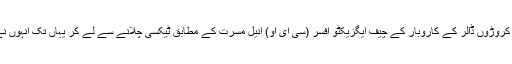
ایم سی آر پراپرٹی کے نام سے کروڑوں ڈالر کے کاروبار کے چیف ایگزیکٹو افسر (سی ای او) انیل مسرت کے مطابق ٹیکسی چلانے سے لے کر یہاں تک انہوں نے ایک طویل سفر طے کیا ہے۔